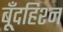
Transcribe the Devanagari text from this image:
बूँदहिश्न